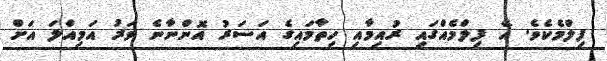
ފިލްމެކެވެ. އެ ފިލްމެއްގައި ރުއިމާއި ހިތާމައިގެ އަސަރު އޮންނާނެ ވަރު އަމިއްލަ އަށް